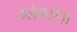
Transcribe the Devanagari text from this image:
ग्लेक्टोज़